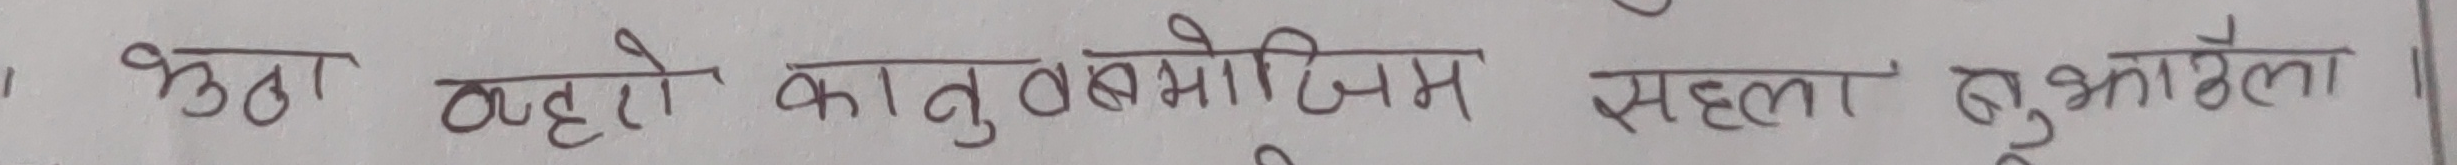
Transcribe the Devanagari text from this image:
भुट्ठा, वढरो, कानुबमोसिम, सल्ला, बुझाउँला ।